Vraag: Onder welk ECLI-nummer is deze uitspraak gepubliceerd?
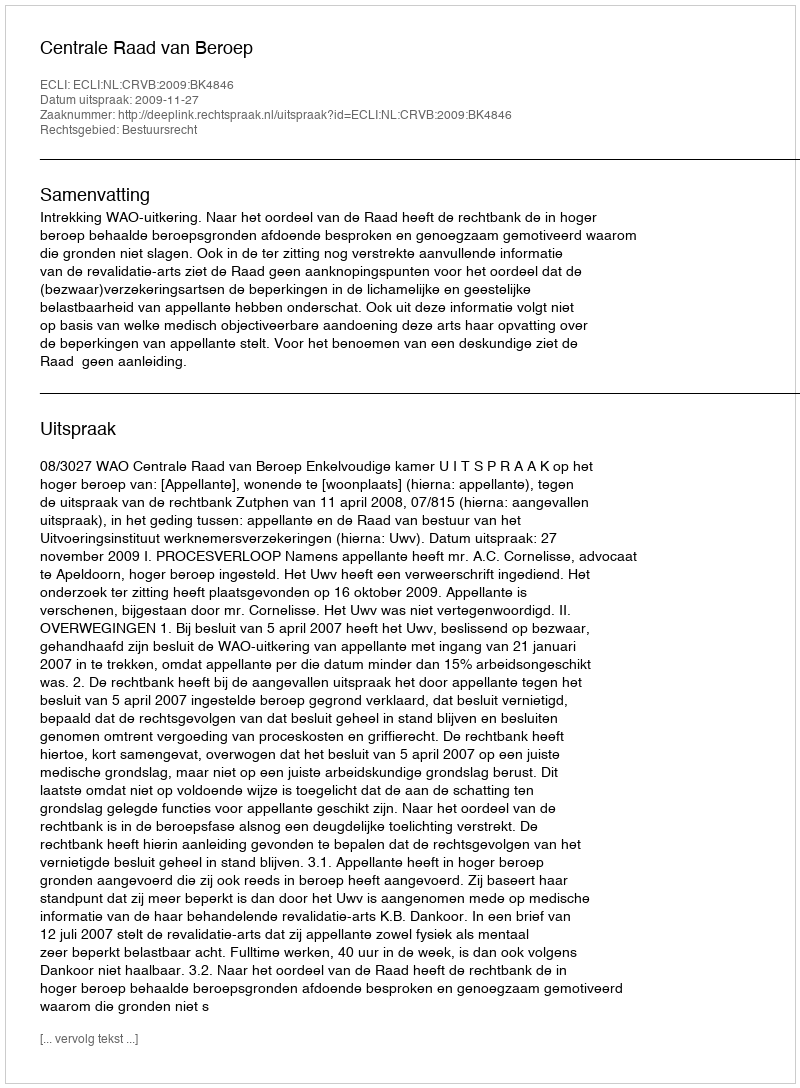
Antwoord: ECLI:NL:CRVB:2009:BK4846